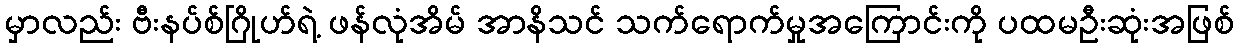
မှာလည်း ဗီးနပ်စ်ဂြိုဟ်ရဲ့ ဖန်လုံအိမ် အာနိသင် သက်ရောက်မှုအကြောင်းကို ပထမဦးဆုံးအဖြစ်